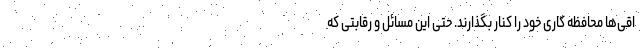
اقی‌ها محافظه کاری خود را کنار بگذارند. حتی این مسائل و رقابتی که